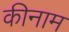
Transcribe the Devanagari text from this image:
कीनाम